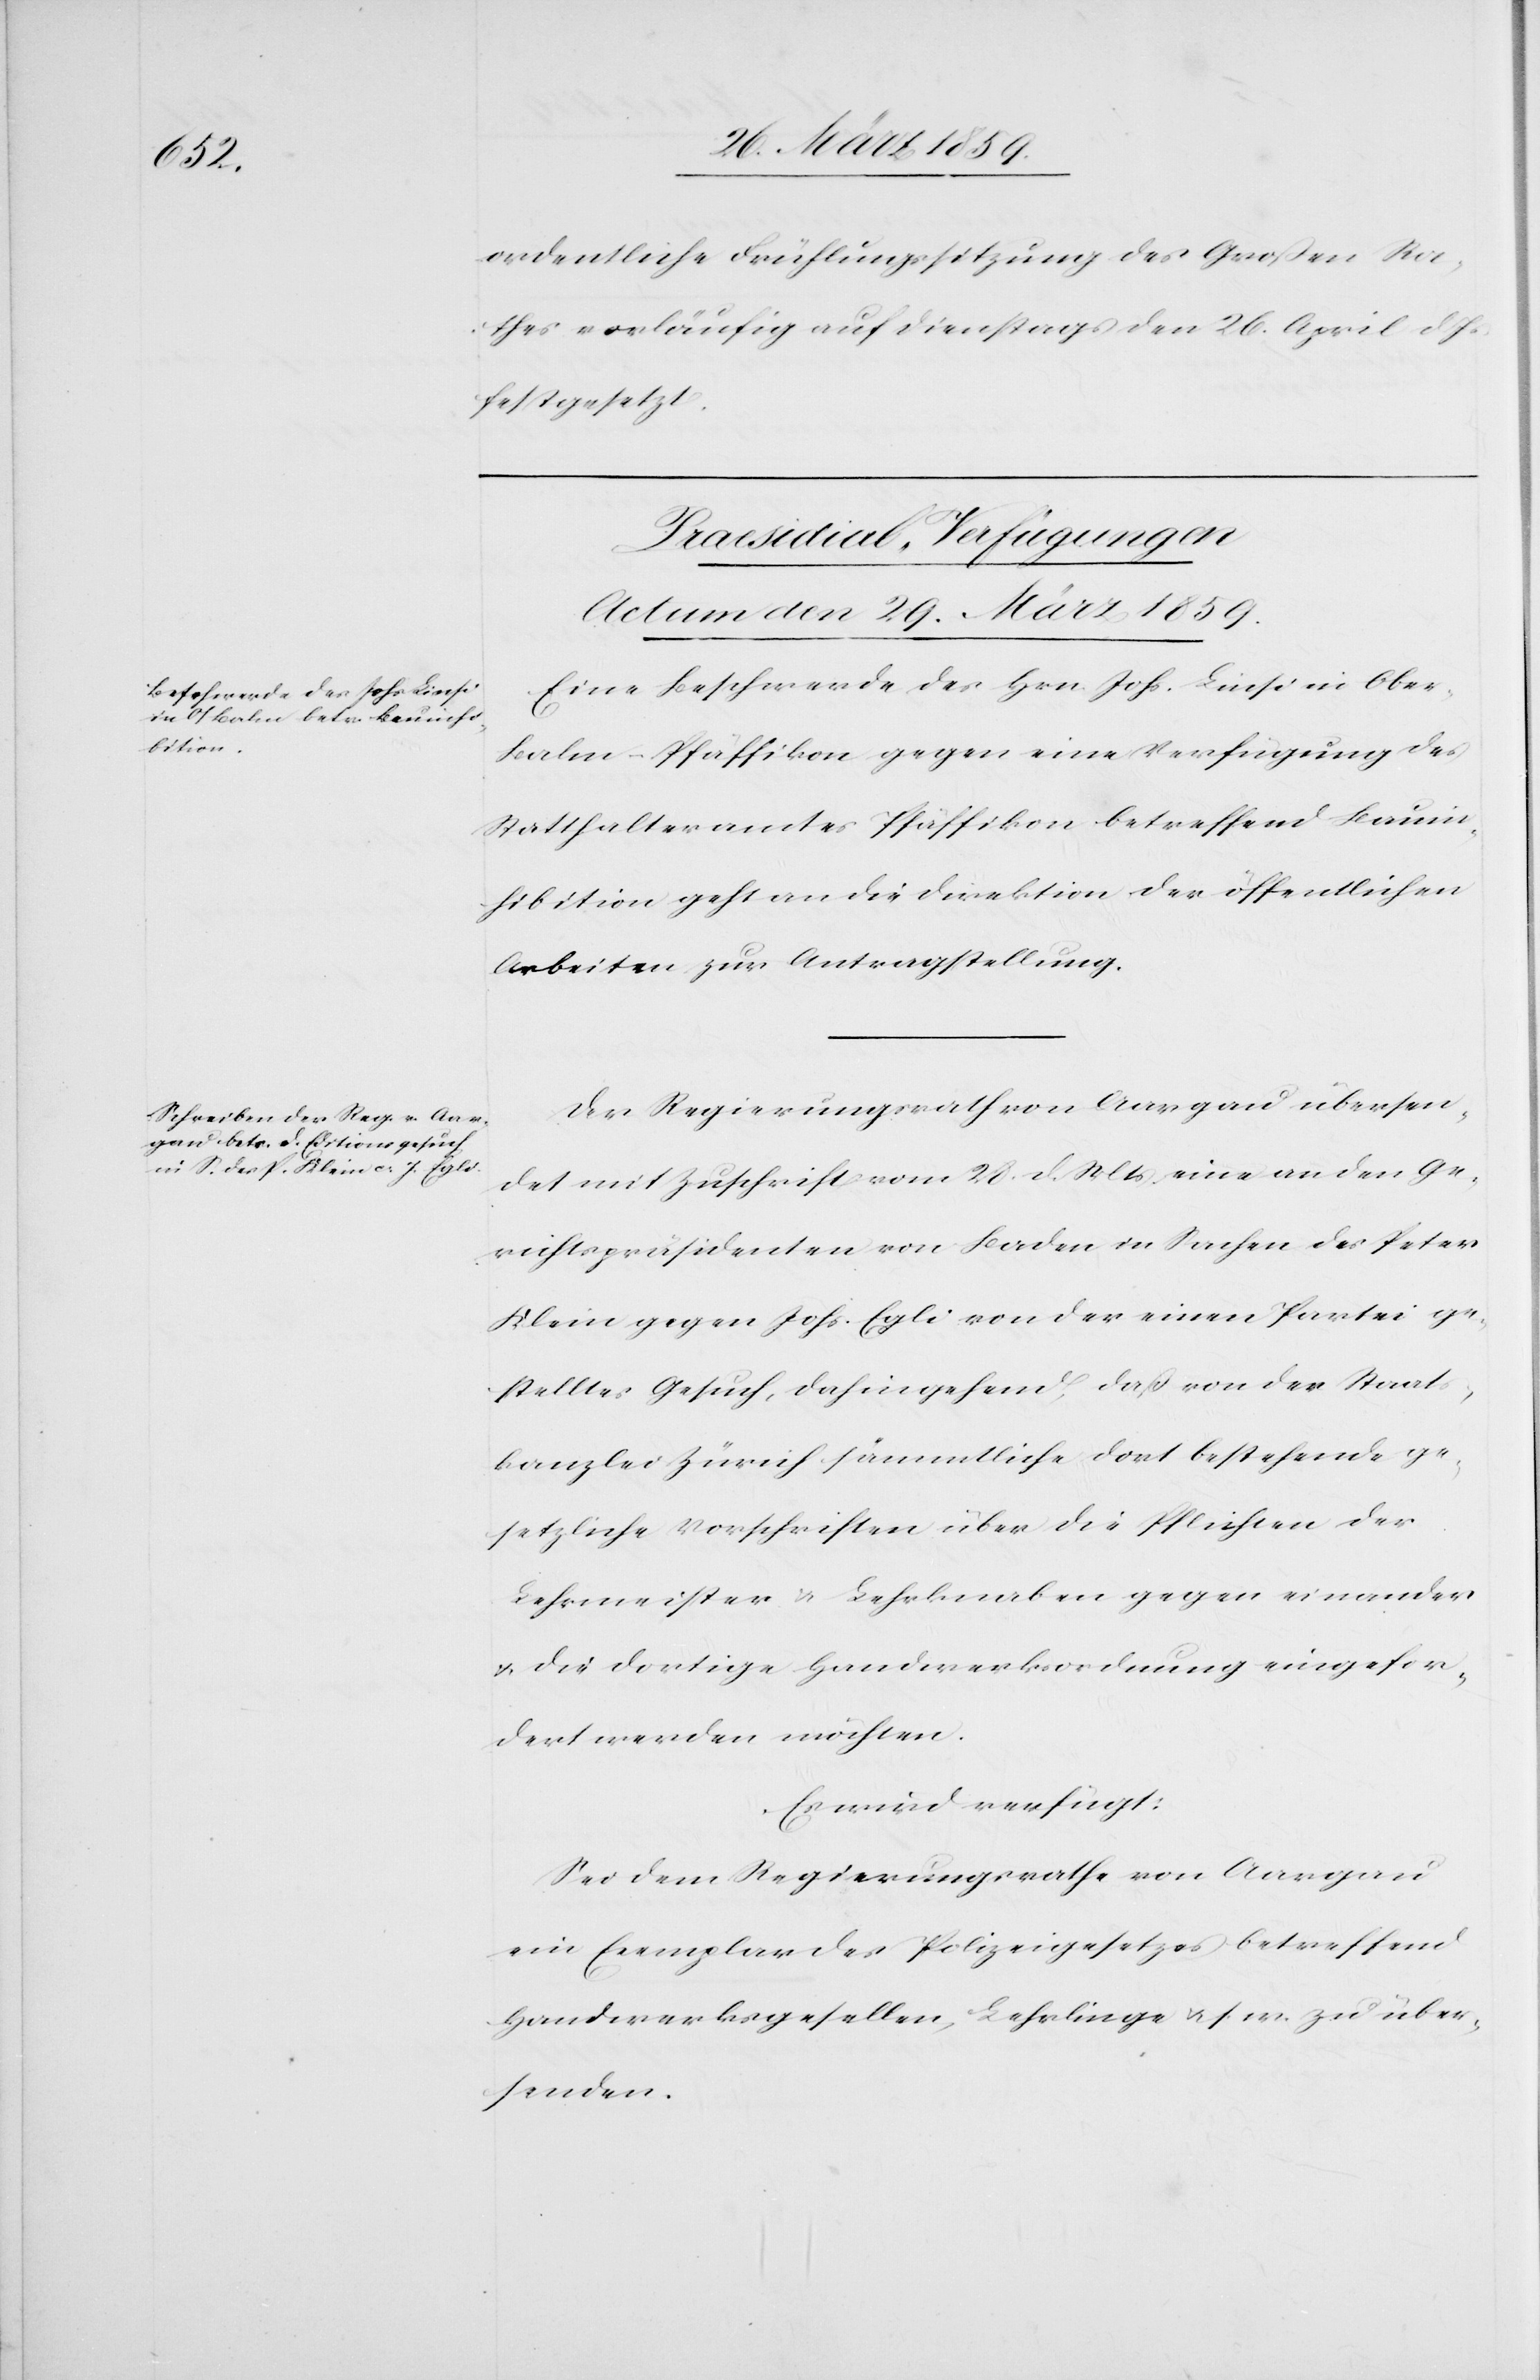
ordentliche Frühlingssitzung des Großen Ra¬
thes vorläufig auf Dienstags den 26. April d. Js.
festgesetzt.
[Praesidial-Verfügungen
Actum den 29. März 1859.]
Eine Beschwerde des Hrn. Johs. Linsi in Obe¬
r-Balm-Pfäffikon gegen eine Verfügung des
Statthalteramtes Pfäffikon betreffend Bauin¬
hibition geht an die Direktion der öffentlichen
Arbeiten zur Antragstellung.
Der Regierungsrath von Aargau übersen¬
det mit Zuschrift vom 28. d. Mts eine an den Ge¬
richtspräsidenten von Baden in Sachen des Peter
Klein gegen Johs. Egli von der einen Partei ge¬
stelltes Gesuch, dahingehend, daß von der Staats¬
kanzlei Zürich sämmtliche dort bestehende ge¬
setzliche Vorschriften über die Pflichten der
Lehrmeister u. Lehrknaben gegen einander
u. die dortige Handwerksordnung eingefor¬
dert werden möchten.
Es wird verfügt:
Sei dem Regierungsrathe von Aargau
ein Exemplar des Polizeigesetzes betreffend
Handwerksgesellen, Lehrlingen u. s. w. zu über¬
senden.